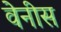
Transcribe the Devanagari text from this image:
वेनीस